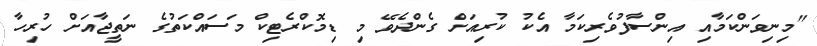
"މިނިވަންކަމާއި އިންސާފުވެރިކަމާ އެކު ކުރިއަށް ގެންދެވޭ މި ޑިމޮކްރެޓިކް މަސައްކަތުގެ ނަތީޖާއަށް ހުރިހާ